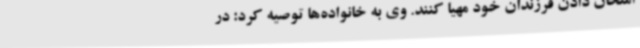
امتحان دادن فرزندان خود مهیا کنند. وی به خانواده‌ها توصیه کرد: در